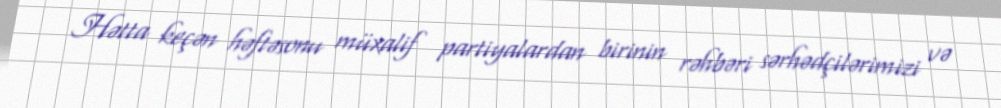
Hətta keçən həftəsonu müxalif partiyalardan birinin rəhbəri sərhədçilərimizi və